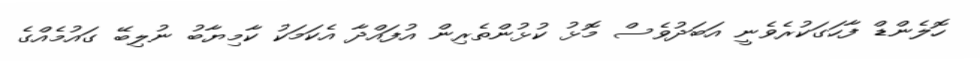
ހޮލެންޑް ފާހަގަކުރެވެނީ އަބަދުވެސް މޮޅު ކުޅުންތެރިން އުފައްދާ އެކަމަކު ކާމިޔާބު ނުލިބޭ ގައުމެއްގެ